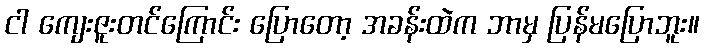
ငါ ကျေးဇူးတင်ကြောင်း ပြောတော့ အခန်းထဲက ဘာမှ ပြန်မပြောဘူး။